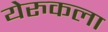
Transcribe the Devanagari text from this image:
येरुकला